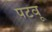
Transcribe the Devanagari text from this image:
पटवू